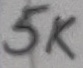
Text: 5K